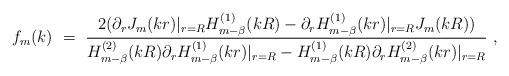
\begin{align*}f_m(k)\ =\ \frac{2(\partial_r J_m(kr)|_{r=R}H^{(1)}_{m-\beta}(kR)-\partial_r H^{(1)}_{m-\beta}(kr) |_{r=R} J_m(kR))}{H^{(2)}_{m-\beta}(kR)\partial_r H^{(1)}_{m-\beta}(kr) |_{r=R}-H^{(1)}_{m-\beta}(kR)\partial_r H^{(2)}_{m-\beta}(kr) |_{r=R}}\ ,\end{align*}